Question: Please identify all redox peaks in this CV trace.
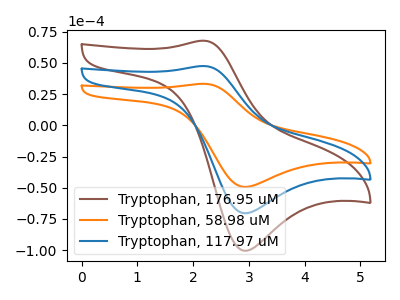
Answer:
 <answer>The brown curve "Tryptophan, 176.95 uM" has an anodic peak at (2.20V, 94.95uA) and a cathodic peak at (2.90V, -140.80uA). The orange curve "Tryptophan, 58.98 uM" has an anodic peak at (2.20V, 33.25uA) and a cathodic peak at (2.90V, -49.30uA). The blue curve "Tryptophan, 117.97 uM" has an anodic peak at (2.20V, 47.45uA) and a cathodic peak at (2.90V, -70.40uA).</answer>
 <eval></eval>